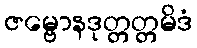
ဇမ္ဗောနဒုတ္တတ္တမိဒံ